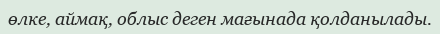
өлке, аймақ, облыс деген мағынада қолданылады.